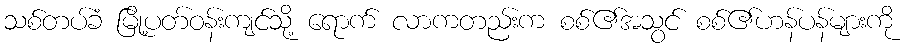
သစ်တပ်ခံ မြို့ပတ်ဝန်းကျင်သို့ ရောက် လာကတည်းက စစ်၏အသွင် စစ်၏ဟန်ပန်များကို